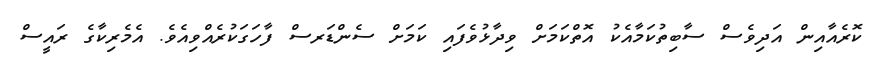
ކޮރެއާއިން އަދިވެސް ސާބިތުކަމާއެކު އޮތްކަމަށް ވިދާޅުވެފައި ކަމަށް ސެންޑަރސް ފާހަގަކުރެއްވިއެވެ. އެމެރިކާގެ ރައީސް